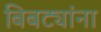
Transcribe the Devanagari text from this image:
बिबट्यांना